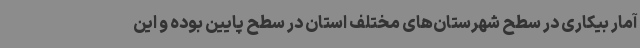
آمار بیکاری در سطح شهرستان‌های مختلف استان در سطح پایین بوده و این